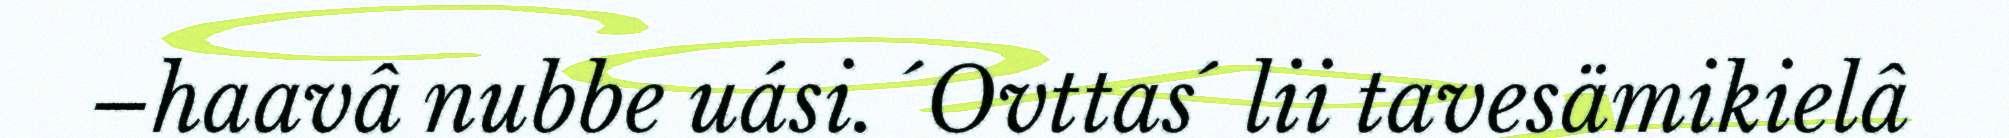
–haavâ nubbe uási. ´Ovttas´ lii tavesämikielâ